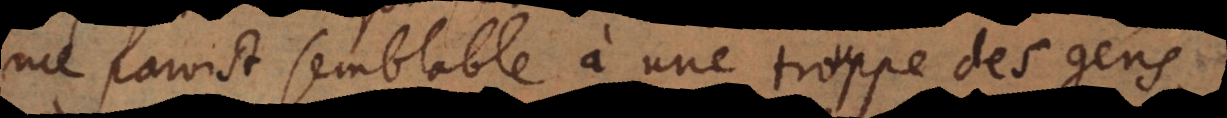
me paroist semblable à une trouppe des gens,